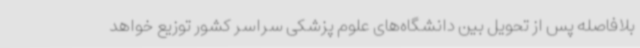
بلافاصله پس از تحویل بین دانشگاه‌های علوم پزشکی سراسر کشور توزیع خواهد